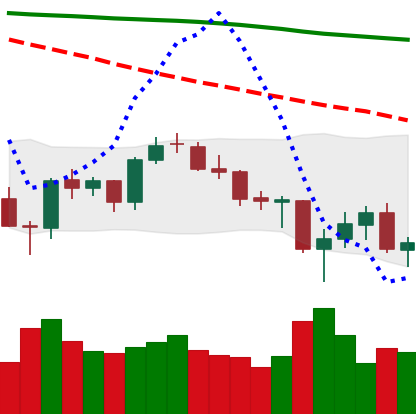
Ticker: BTC-USD
Chart end date: 2021-06-26
Forward return: 4.306%
Label: up_3_5